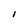
Character: I